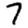
Digit: 7